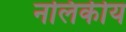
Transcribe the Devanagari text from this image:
नलिकीय